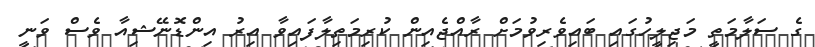
ގެ ސަލާމަތީ މަޖިލީހުގައި ބައިވެރިވުމަށް ރާއްޖެއިން ކުރިމަތިލާފައިވާ އިރު އިންޑޮނޭޝިއާ ވެސް ވަނީ